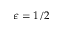
\epsilon = 1 / 2